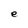
Character: e